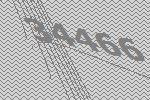
34466